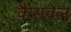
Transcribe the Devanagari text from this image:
कैसवेल